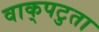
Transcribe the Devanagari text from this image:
वाक्‌पटुता